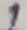
Text: 1